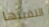
التقيتها